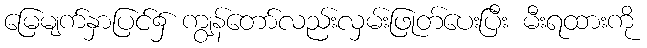
မြေမျက်နှာပြင်၌ ကျွန်တော်လည်းလှမ်းဖြုတ်ပေးပြီး မီးရထားကို